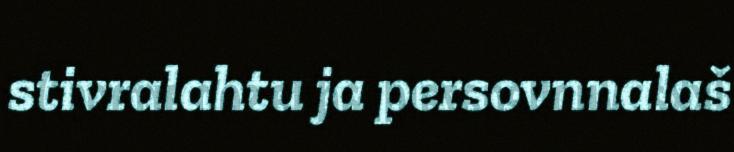
stivralahtu ja persovnnalaš